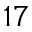
1 7